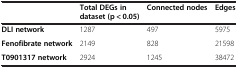
<table><thead><tr><td><b> </b></td><td><b>Total DEGs in dataset (p &lt; 0.05)</b></td><td><b>Connected nodes</b></td><td><b>Edges</b></td></tr></thead><tbody><tr><td><b>DLI network</b></td><td>1287</td><td>497</td><td>5975</td></tr><tr><td><b>Fenofibrate network</b></td><td>2149</td><td>828</td><td>21598</td></tr><tr><td><b>T0901317 network</b></td><td>2924</td><td>1245</td><td>38472</td></tr></tbody></table>